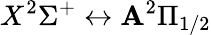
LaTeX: X^{2}\Sigma^{+}\leftrightarrow\mathbf{A}^{2}\Pi_{1/2}